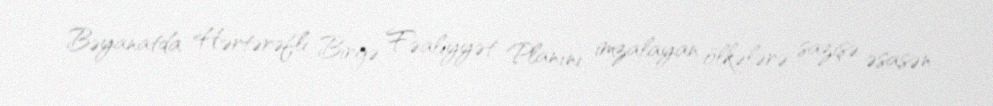
Bəyanatda Hərtərəfli Birgə Fəaliyyət Planını imzalayan ölkələrə sazişə əsasən